French and German assistants in Scottish schools and training centres, 1910
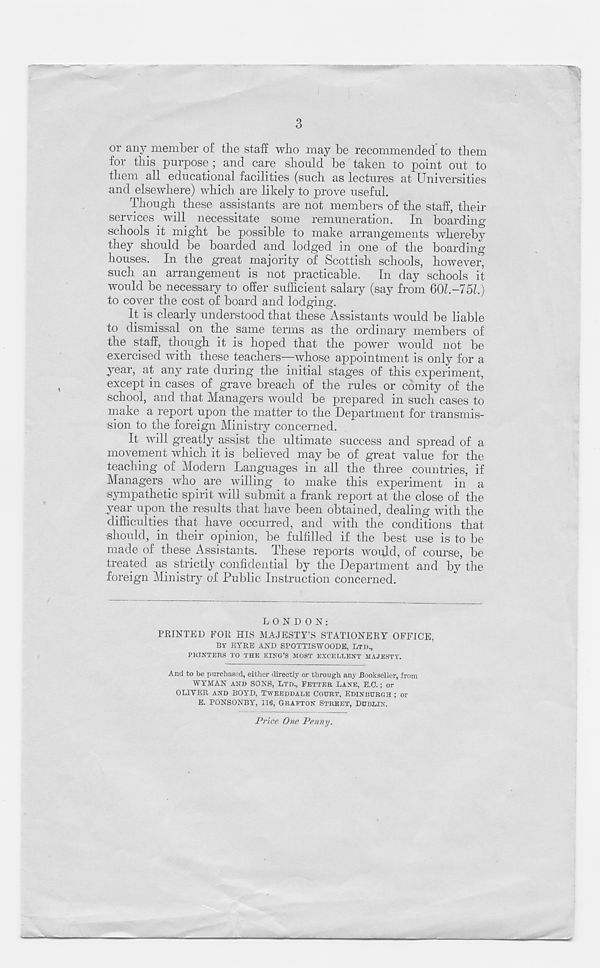
3
or any member of tbe staff who may be recommended to tbem
for this purpose ; and care should be taken to point out to
them all educational facilities (such as lectures at Universities
and elsewhere) which are likely to prove useful.
Though these assistants are not members of the staff, their
services. will necessitate some remuneration. In boarding
schools it might be possible to make arrangements whereby
they should be boarded and lodged in one of the boarding
houses. In the great majority of Scottish schools, however,
such an arrangement is not practicable. In day schools it
would be necessary to offer sufficient salary (say from 601-751)
to cover the cost of board and lodging.
It is dearly understood that these Assistants would be liable
to dismissal on the same terms as the ordinary members of
the staff, though it is hoped that the power would not be
exercised with these teachers—whose appointment is only for a
year, at any rate during the initial stages of this experiment,
except in cases of grave breach of the rules or comity of the
school, and that Managers would be prepared in such cases to
make a report upon the matter to the Department for transmis-
sion to the foreign Ministry concerned.
It will greatly assist the ultimate success and spread of a
movement which it is believed may be of great value for the
teaching of Modern Languages in all the three countries, if
Managers .who are willing to make this experiment in a
sympathetic spirit will submit a frank report at the close of the
year upon the results that have been obtained, dealing with the
difficulties that have occurred, and with the conditions that
should, in their opinion, be fulfilled if the best use is to be
made of these Assistants. These reports would, of course, be
treated as strictly confidential by the Department and by the
foreign Ministry of Public Instruction concerned.
LONDON:
PRINTED FOR HIS MAJESTY’S STATIONERY OFFICE,
BY BYRE AXD SPOTTISWOODE, LTD.,
PKINTERS TO THE KING’S MOST EXCELLENT MAJESTY.
And to be purchased, either directly or through any Bookseller, irom
WYMAN AND SONS, LTD., FETTER LANE, E.O.; or
OLIVER AND BOYD, TWEEDDALE COURT, EDINBURGH ; or
E. PONSONBY, lie, G-RAFTON STREET, DUBLIN.
Price One Penny.